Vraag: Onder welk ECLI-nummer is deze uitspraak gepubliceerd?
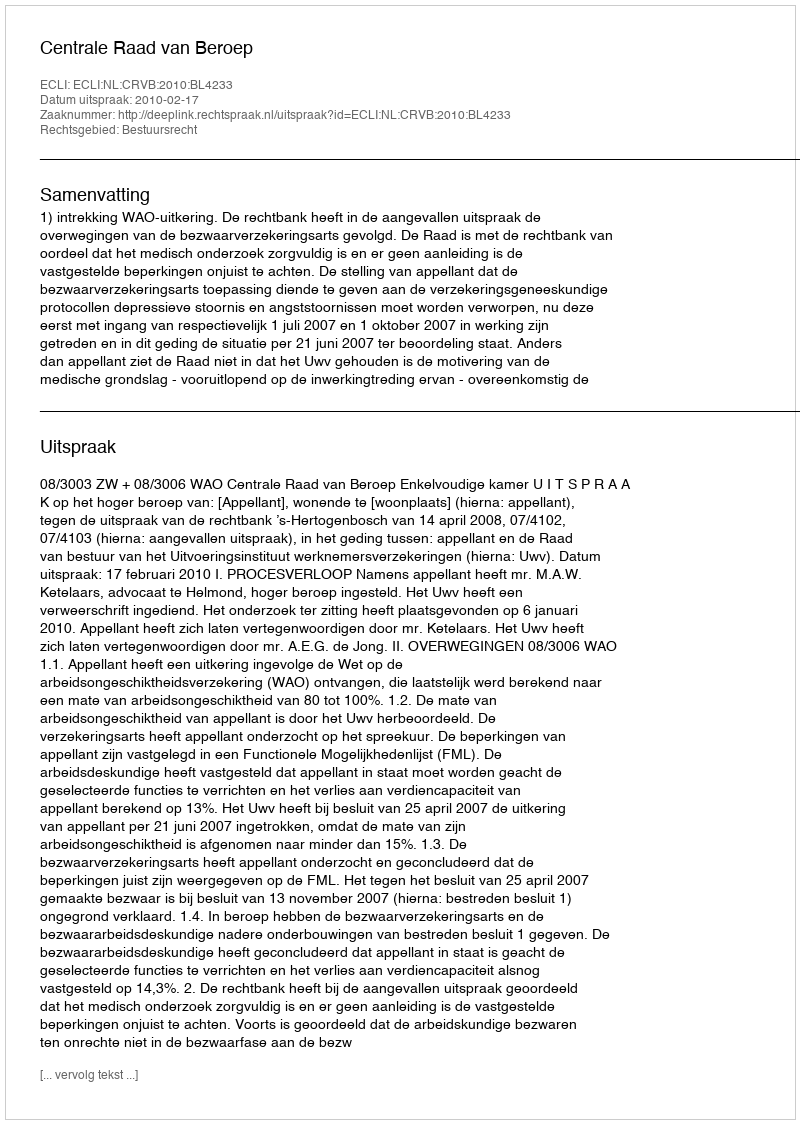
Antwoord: ECLI:NL:CRVB:2010:BL4233